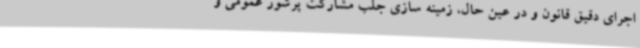
اجرای دقیق قانون و در عین حال، زمینه سازی جلب مشارکت پرشور عمومی و